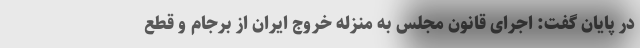
در پایان گفت: اجرای قانون مجلس به منزله خروج ایران از برجام و قطع